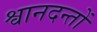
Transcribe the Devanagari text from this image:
श्वानदन्तों